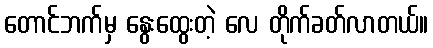
တောင်ဘက်မှ နွေးထွေးတဲ့ လေ တိုက်ခတ်လာတယ်။